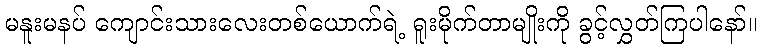
မနူးမနပ် ကျောင်းသားလေးတစ်ယောက်ရဲ့ ရူးမိုက်တာမျိုးကို ခွင့်လွှတ်ကြပါနော်။